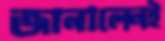
জানালেনই